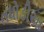
તધોડીયા